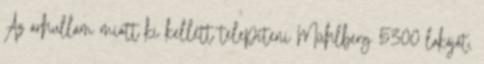
Az árhullám miatt ki kellett telepíteni Mühlberg 5300 lakóját,